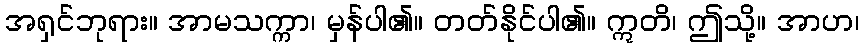
အရှင်ဘုရား။ အာမသက္ကာ၊ မှန်ပါ၏။ တတ်နိုင်ပါ၏။ ဣတိ၊ ဤသို့။ အာဟ၊